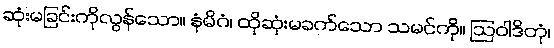
ဆုံးမခြင်းကိုလွန်သော။ နံမိဂံ၊ ထိုဆုံးမခက်သော သမင်ကို။ ဩဝါဒိတုံ၊